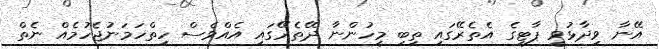
އޭނާ ވިދާޅުވީ ޕާޓީގެ އެތެރޭގައި ތިބި މީހުންނާ ދޭތެރޭގައި އެއްވެސް ހިތްހަމަނުޖެހުމެއް ނެތް